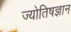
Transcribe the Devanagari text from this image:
ज्योतिषज्ञान